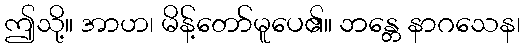
ဤသို့။ အာဟ၊ မိန့်တော်မူပေ၏။ ဘန္တေ နာဂသေန၊